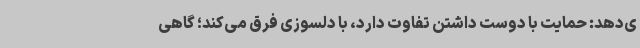
ی‌دهد: حمایت با دوست داشتن تفاوت دارد، با دلسوزی فرق می‌کند؛ گاهی